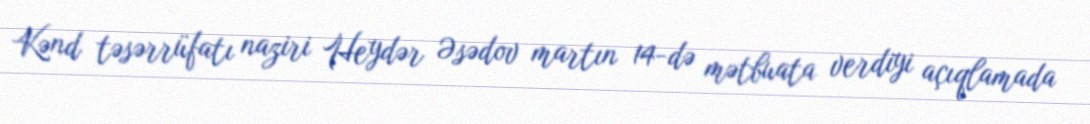
Kənd təsərrüfatı naziri Heydər Əsədov martın 14-də mətbuata verdiyi açıqlamada